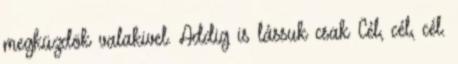
megküzdök valakivel. Addig is lássuk csak Cél, cél, cél.